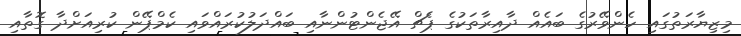
މިޒިޔާރަތުގައި ހެންވޭރުގެ ބައެއް ދާއިރާތަކުގެ ޕެޗް އޭޖެންޓުންނާއި ބައްދަލުކުރައްވައި ކެމްޕޭން ކުރިއަށްދާ ގޮތާއި